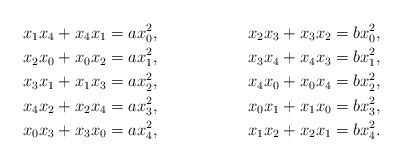
\begin{align*}x_1x_4+x_4x_1 = ax_0^2,&& x_2x_3+x_3x_2 = bx_0^2,\\x_2x_0+x_0x_2 = ax_1^2,&& x_3x_4+x_4x_3 = bx_1^2,\\x_3x_1+x_1x_3 = ax_2^2,&& x_4x_0+x_0x_4 = bx_2^2,\\x_4x_2+x_2x_4 = ax_3^2,&& x_0x_1+x_1x_0 = bx_3^2,\\x_0x_3+x_3x_0 = ax_4^2,&& x_1x_2+x_2x_1 = bx_4^2.\end{align*}